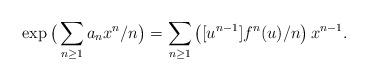
LaTeX: \begin{align*}\exp\big( \sum_{n \ge 1} a_n x^n / n \big) = \sum_{ n \ge 1} \left([u^{n-1}]f^n(u) /n\right) x^{n-1}.\end{align*}